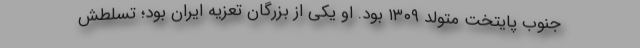
جنوب پایتخت متولد ۱۳۰۹ بود. او یکی از بزرگان تعزیه ایران بود؛ تسلطش